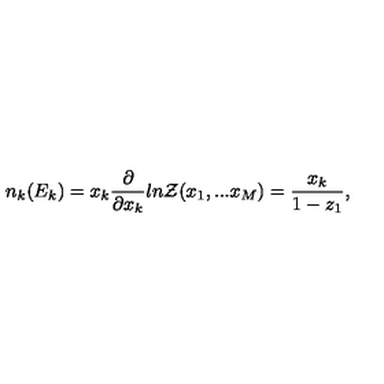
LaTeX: n _ { k } ( E _ { k } ) = x _ { k } \frac { \partial } { \partial x _ { k } } l n { \cal Z } ( x _ { 1 } , . . . x _ { M } ) = \frac { x _ { k } } { 1 - z _ { 1 } } ,